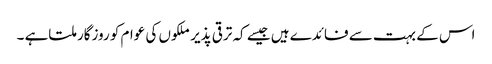
اس کے بہت سے فائدے ہیں جیسے کہ ترقی پذیر ملکوں کی عوام کو روزگار ملتاہے ۔